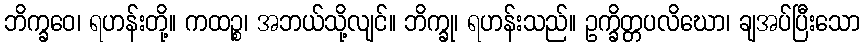
ဘိက္ခဝေ၊ ရဟန်းတို့။ ကထဉ္စ၊ အဘယ်သို့လျင်။ ဘိက္ခု၊ ရဟန်းသည်။ ဥက္ခိတ္တပလိဃော၊ ချအပ်ပြီးသော